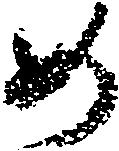
め